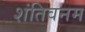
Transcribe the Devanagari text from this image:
शंतिवनम